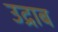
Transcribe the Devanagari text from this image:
उद्राब